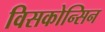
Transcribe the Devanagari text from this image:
विसकोन्सिन